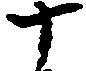
ナ